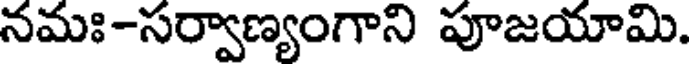
నమః-సర్వాణ్యంగాని పూజయామి.